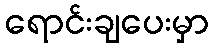
ရောင်းချပေးမှာ